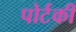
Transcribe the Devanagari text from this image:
पोर्टकी